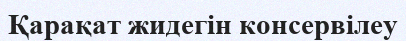
Қарақат жидегін консервілеу